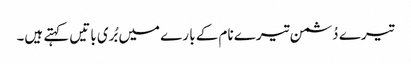
تیرے دُشمن تیرے نام کے با رے میں بُری باتیں کہتے ہیں۔